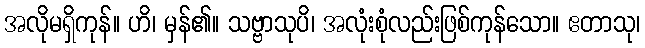
အလိုမရှိကုန်။ ဟိ၊ မှန်၏။ သဗ္ဗာသုပိ၊ အလုံးစုံလည်းဖြစ်ကုန်သော။ ဧတာသု၊